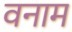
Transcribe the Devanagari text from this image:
वनाम